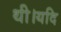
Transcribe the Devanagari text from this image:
थी।यदि